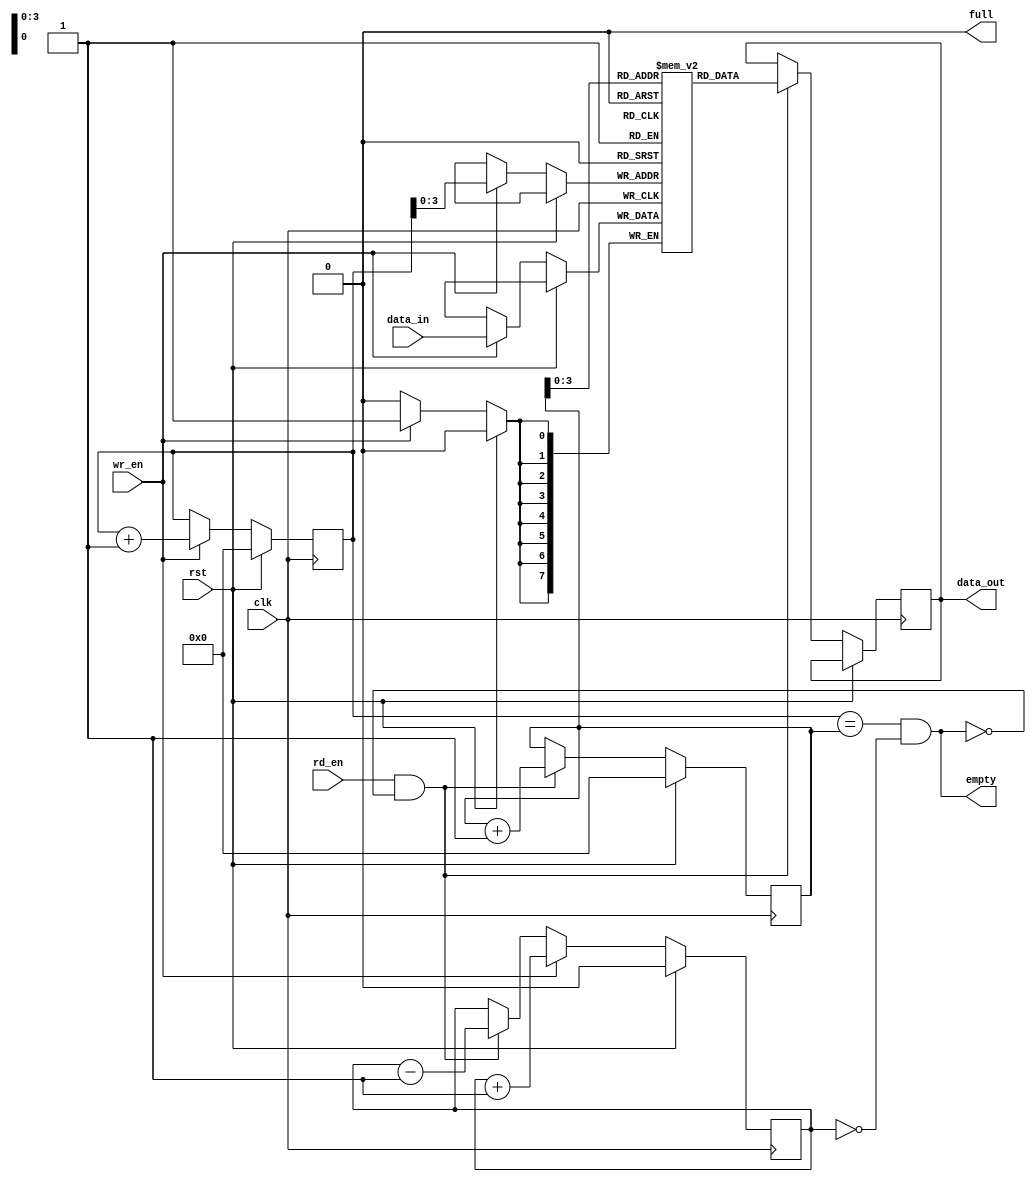
module synchronous_fifo(
  input wire clk,
  input wire rst,
  input wire wr_en,
  input wire rd_en,
  input wire [DATA_WIDTH-1:0] data_in,
  output reg [DATA_WIDTH-1:0] data_out,
  output wire full,
  output wire empty
);

parameter DEPTH = 16;
parameter DATA_WIDTH = 8;

reg [(DATA_WIDTH-1):0] mem [DEPTH-1:0];
reg [(DATA_WIDTH-1):0] read_ptr;
reg [(DATA_WIDTH-1):0] write_ptr;
reg count;

// Write logic
always @(posedge clk) begin
  if (rst) begin
    write_ptr <= 0;
  end else if (wr_en && !full) begin
    mem[write_ptr] <= data_in;
    write_ptr <= write_ptr + 1;
  end
end

// Read logic
always @(posedge clk) begin
  if (rst) begin
    read_ptr <= 0;
  end else if (rd_en && !empty) begin
    data_out <= mem[read_ptr];
    read_ptr <= read_ptr + 1;
  end
end

// Full/empty logic
assign full = (write_ptr == read_ptr && count == DEPTH);
assign empty = (write_ptr == read_ptr && count == 0);

// Count logic
always @(posedge clk) begin
  if (rst) begin
    count <= 0;
  end else if (wr_en && !full) begin
    count <= count + 1;
  end else if (rd_en && !empty) begin
    count <= count - 1;
  end
end

endmodule